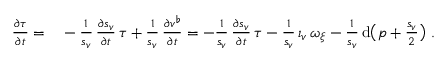
\begin{array} { r l } { \frac { \partial \tau } { \partial t } = } & { { } - \frac { 1 } { s _ { v } } \, \frac { \partial s _ { v } } { \partial t } \, \tau + \frac { 1 } { s _ { v } } \, \frac { \partial v ^ { \flat } } { \partial t } = - \frac { 1 } { s _ { v } } \, \frac { \partial s _ { v } } { \partial t } \, \tau - \frac { 1 } { s _ { v } } \, \iota _ { v } \, \omega _ { \xi } - \frac { 1 } { s _ { v } } \, \mathrm { d } \big ( p + \frac { s _ { v } } { 2 } \big ) \ . } \end{array}